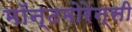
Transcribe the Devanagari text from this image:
मॉन्टमोरेन्सी